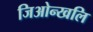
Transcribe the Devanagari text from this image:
जिओन्खलि